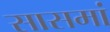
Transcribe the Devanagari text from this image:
सासमां